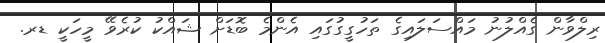
ރިލްވާން ގެއްލުނު މައްސަލައިގެ ތަހުގީގުގައި އެންމެ ބޮޑަށް ޝައްކު ކުރެވޭ މީހަކީ ޑރ.